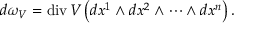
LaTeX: d \omega _ { V } = \operatorname { d i v } V \left( d x ^ { 1 } \wedge d x ^ { 2 } \wedge \cdots \wedge d x ^ { n } \right) .